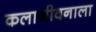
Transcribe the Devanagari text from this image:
कलाजीवनाला